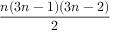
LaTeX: \frac { n ( 3 n - 1 ) ( 3 n - 2 ) } { 2 }